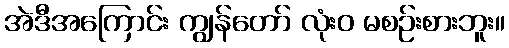
အဲဒီအကြောင်း ကျွန်တော် လုံးဝ မစဉ်းစားဘူး။